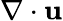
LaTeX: \mathbf{\nabla}\cdot\mathbf{u}